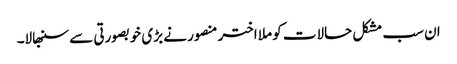
ان سب مشکل حالات کو ملا اختر منصور نے بڑی خوبصورتی سے سنبھالا۔